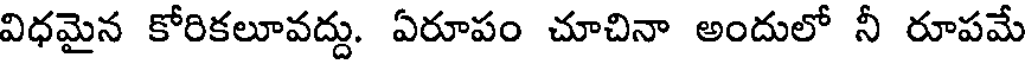
విధమైన కోరికలూవద్దు. ఏరూపం చూచినా అందులో నీ రూపమే